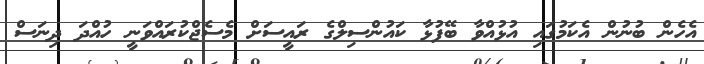
އެހެން ބުނުން އެކަމުގައި އުޅުއްވާ ބޭފުޅާ ކައުންސިލްގެ ރައީސަށް މެސެޖްކުރައްވަނީ ހުއްދަ ދިނަސް